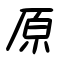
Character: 原